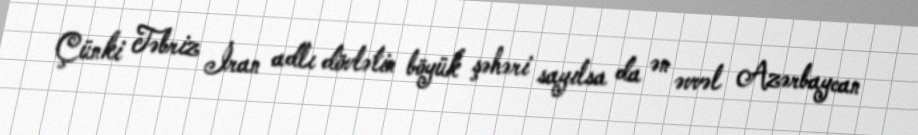
Çünki Təbriz İran adlı dövlətin böyük şəhəri sayılsa da ən əvvəl Azərbaycan